Lunatic asylums Madras 1892-1911 - 1892-1911
Year: 1892
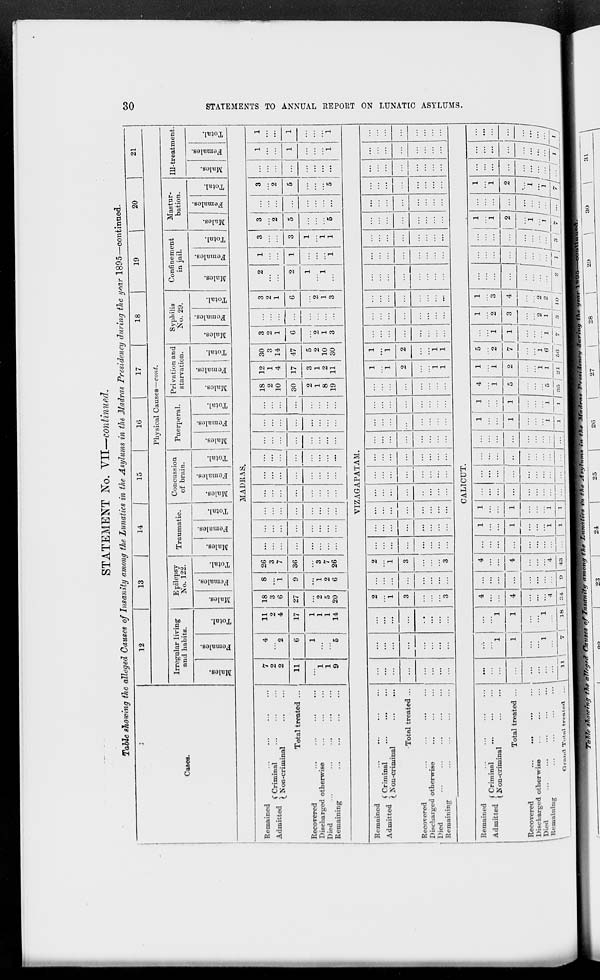
STATEMENT No. VII—continued.
Table showing the alleged Causes of, Insanity among the Lunatics in the Asylums in the Madras . P/-0SJ *&?««/ (/)i rai# Me //*ar 1895- -con tinned.
C—OB.
12
13
14
1
15
16
17
18
19
20
21
Physical Causes—cont.
Irregular living
and habits.
Epilepsy
No. 122.
Traumatic.
Concussion
of brain.
Puerperal.
Privation and
starvation.
Syphilis
No. 29.
Confinement
in jail.
Mastur-
bation.
IU-treatment.
09
O
"3
3
DO
o
S
©
fa
"5
"0
03
"3
1=5
03
O
S
fa
EH
CD
ID
OS
O
"3
S
fa
O
to
0
1=5
O
fa
*3
O
1 °
i "3
1 3
03
O
S
0
1 fa O
EH
03
O
3
GO
O
"3
s
0
fa
"3
O
EH
03
03
"3
D3
O
*3
s
0
fa
"3
O
EH
m
03
0
S
fa
"3
"0
EH
0?
0
3
0)
s
a
1 *
fa
"0
EH
03
0)
3
3
03
03
3
a
03
fa
H 0
EH
MADRAS.
Remained
*J -^ J C Criminal
Admitted % x -
...
(_ Non-criminal
Total treated ...
Recovered
Discharged otherwise
Died
Remaining
7
2
2
4
2
11
2
4
18
3
6
27
2
5
20
8
1
26
3
7
...
...
...
...
...
...
...
...
... 18
2
10
12
1
4
30
3
14
3
2
1
6
2
1
3
3
2
1
2
1
3
3
3 I ...
2 ..".
3
2
...
1
1
1
i
11
6
17
9 30
...
...
...
...
...
30
2
1
8
19
17
3
1
2
11
47
5
2
10
30
6
2
1
3
2
1
5
...
5
"5
1
1
1
1
9
1
*5
1
1
1
14
i
2
6
3
7
26
...
...
1
1
i
1
1
1
5
VIZAGAPATAM.
Remained
Admitted j Criminal
(. JSon-crimmal
Total treated ...
Recovered
Discharged otherwise
Died
Remaining
...
...
...
2
1
3
3
...
2
1
...
...
...
...
...
...
1
i
2
1
i
2
1
1
...
...
...
...
...
...
...
...
...
...
3
3
...
...
...
...
...
1
1
...
...
...
CALICUT.
Remained
Admitted ( Criminal
(I* on-criminal
Total treated ...
...
1
1
4
...
4 ...
1
1
...
...
...
...
1
1
1
1
4
1
1
1
5
2
i
1
2
1
3
...
1
i
1
1
...
^ =1
1 i 2 4 ... 1 4
1
1
1 ...
::: |-
5
2
7
1
3
4
...
... j 2
:::)
■••• /
2
Recovered
...
...
. Discharged otherwise
...
...
... 1
1 Died
1
\ Remaining
...
...
...
... !
...
1
1
4
34
0
4
43
1
;:;
1
: ;
'«i 1 ~M "2 1 :::
2/
2 / §1 ffi
••• .
= 1
Gnnd Total treated
Xi. \
7 \
18
1
1
...
... 1
... 1 1 1 1 1 x.-> j 21 j 5<» ,' 7 / a 1 10 j W *l 3 / 7/ ... j rj ... 1 1 1 ' 1
CO
o
m
•-3
fed
K
ta
53
H3
CO
i-3
O
►
CH
Sd
fed
►0
o
o
SS
>
-3
rH
Q
>■
CO
H
fH
d
s x